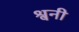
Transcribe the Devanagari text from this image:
श्वनी